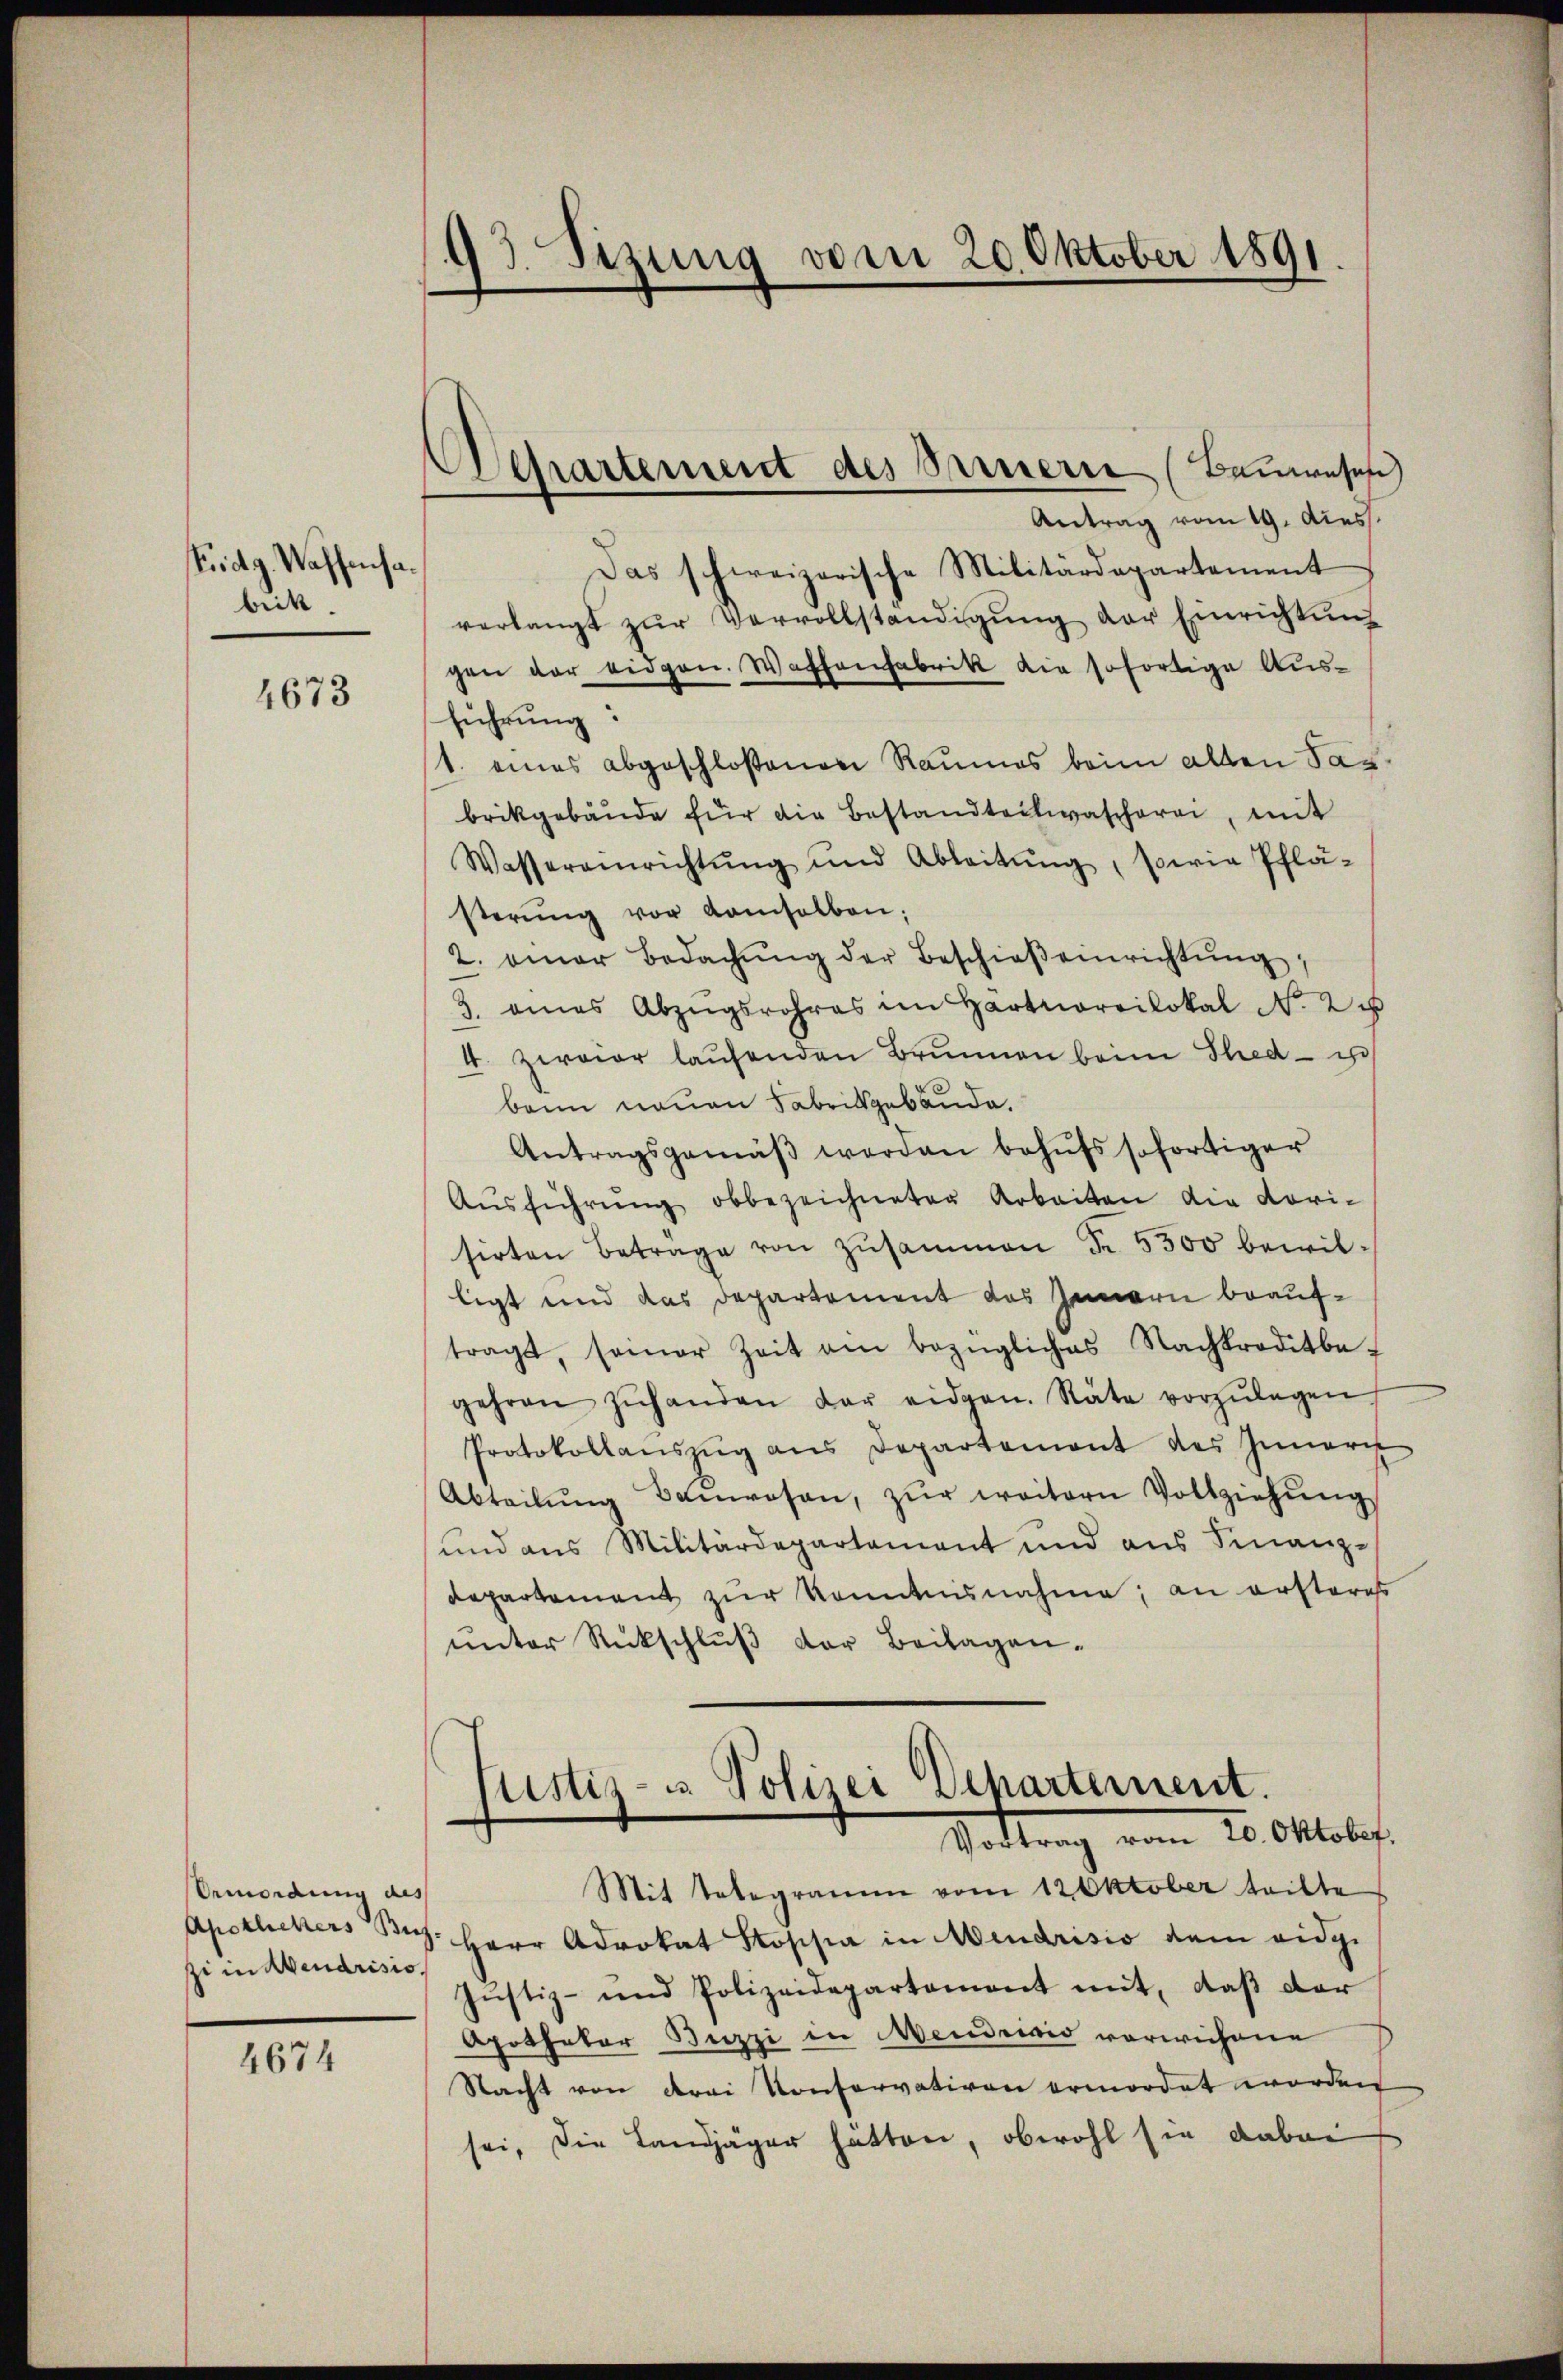
tridg. Wassensabiik.

4673

Ermordung des
zi in Abendrisis,

4674

93. Sizung vom 20. Oktober 1891

Departement des Seinern (Bauwesen
Antrag vom 19. Diess.

Das schweizerische Militärdepartement
verlangt zŭr Vervollständigŭng der Einrichtŭng
gen der eidgen. Wassenfabrik die sofortige Ausführung:
1. eines abgeschlossenen Raumes beim alten Sar-
brikgebäŭde für die Bestandteitwascherei, mit
Wassereinrichtŭng und Ableitŭng, sowie Pflä-
sterŭng vor kamsalben:
2. einer Bedachŭng der Beschieβeinrichtŭng,
3. eines Abzŭgsrohres im Hartmoreilokal No 24
4. Zwaier laufenden Brunnen beim Thed - i
bann neuen Fabrikgebäude.
Antragsgemäβ werden behufs sofortiger
Aŭsführŭng obbezeichneter Arbeiten die vorisirten Beträge von zŭsammen Fr. 5500 bewilligt und das Departement das Jennern beauftragt, seiner Zeit ain bezügliches Nachkreditbe-
gehren zŭhanden der eidgen. Räte vorzŭlagen
Protokollanszŭg ans Departement des Inneru
Abteilŭng Baŭwesen, zŭr weitern Vollziehŭng
und aus Militärdepartement und aus Finanz-
Repartement zur Kenntnisnahme, an ersteress
unter Rückschluß der Beilagen.

Justiz- u. Polizei Departement.
Vottrag vom 20. Oktober.

Mit Telegramm vom 12 Oktober teilte
Apetlichers Bez. Herr Advokat Stossia in Mendrisio dem eidg.
Jŭstiz- und Polizeidepartement mit, daβ der
Apothekar Buzzi in Mendrisis vorwichene
Nacht von drei Konservativen ermordet worden
sei, die Landjäger hätten, obwohl sie dabei